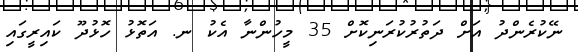
ނޭކުރެންދު އަށް ދަތުރުކުރަނިކޮށް 35 މީހުންނާ އެކު ނ. އަތޮޅު ހޮޅުދޫ ކައިރީގައި